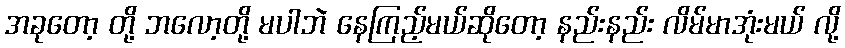
အခုတော့ တို့ ဘလော့တို့ မပါဘဲ နေကြည့်မယ်ဆိုတော့ နည်းနည်း လိမ်မာအုံးမယ် လို့